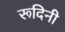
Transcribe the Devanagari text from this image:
रूदिनी